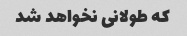
که طولانی نخواهد شد